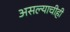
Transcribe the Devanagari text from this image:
असल्याचीही